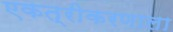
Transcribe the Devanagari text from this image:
एकत्रीकरणाला